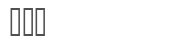
٢١١